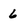
Character: 6